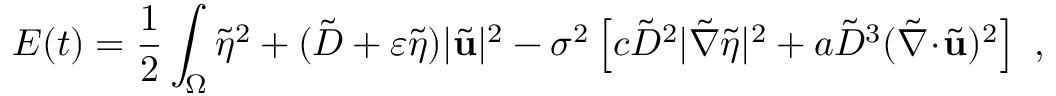
E ( t ) = \frac { 1 } { 2 } \int _ { \Omega } \tilde { \eta } ^ { 2 } + ( \tilde { D } + \varepsilon \tilde { \eta } ) | \tilde { \mathbf { u } } | ^ { 2 } - \sigma ^ { 2 } \left[ c \tilde { D } ^ { 2 } | \tilde { \nabla } \tilde { \eta } | ^ { 2 } + a \tilde { D } ^ { 3 } ( \tilde { \nabla } \! \cdot \! \tilde { \mathbf { u } } ) ^ { 2 } \right] \ ,